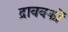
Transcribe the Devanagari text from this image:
द्राववकों